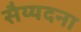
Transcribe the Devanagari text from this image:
सैय्यदना